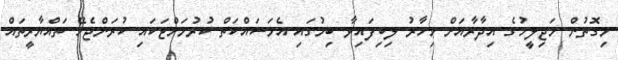
މިގޮތުން މަޖިލީހުގެ އިދާރާއަށް މިހާރު ލިބިފައިވާ ބިމުގައި އެމަސައްކަތް ކުރުމަށްޓަކައި ކުރަންޖެހޭ ތައްޔާރީތައް